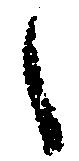
之